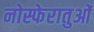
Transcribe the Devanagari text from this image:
नोस्फेरातुओं